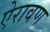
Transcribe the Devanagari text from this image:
ऐरावण